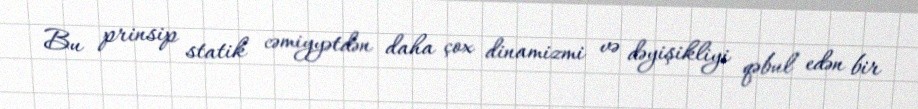
Bu prinsip statik cəmiyyətdən daha çox dinamizmi və dəyişikliyi qəbul edən bir